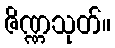
ဇိဏ္ဏသုတ်။